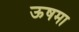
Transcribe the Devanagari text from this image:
ऊषमा